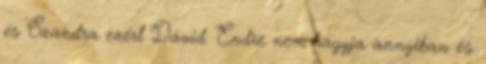
és Szandra ezért Dávid. Endre nem hagyja annyiban és